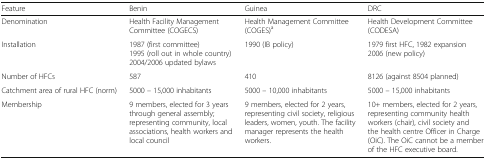
| Feature | Benin | Guinea | DRC |
 | --- | --- | --- | --- |
 | Denomination | Health Facility Management Committee (COGECS) | Health Management Committee (COGES)a | Health Development Committee (CODESA) |
 | Installation | 1987 (first committee)1995 (roll out in whole country)2004/2006 updated bylaws | 1990 (IB policy) | 1979 first HFC, 1982 expansion2006 (new policy) |
 | Number of HFCs | 587 | 410 | 8126 (against 8504 planned) |
 | Catchment area of rural HFC (norm) | 5000 – 15,000 inhabitants | 5000 – 10,000 inhabitants | 5000 – 15,000 inhabitants |
 | Membership | 9 members, elected for 3 years through general assembly; representing community, local associations, health workers and local council | 9 members, elected for 2 years, representing civil society, religious leaders, women, youth. The facility manager represents the health workers. | 10+ members, elected for 2 years, representing community health workers (chair), civil society and the health centre Officer in Charge (OiC). The OiC cannot be a member of the HFC executive board. |